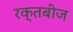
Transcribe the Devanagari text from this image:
रक्‍तबीज